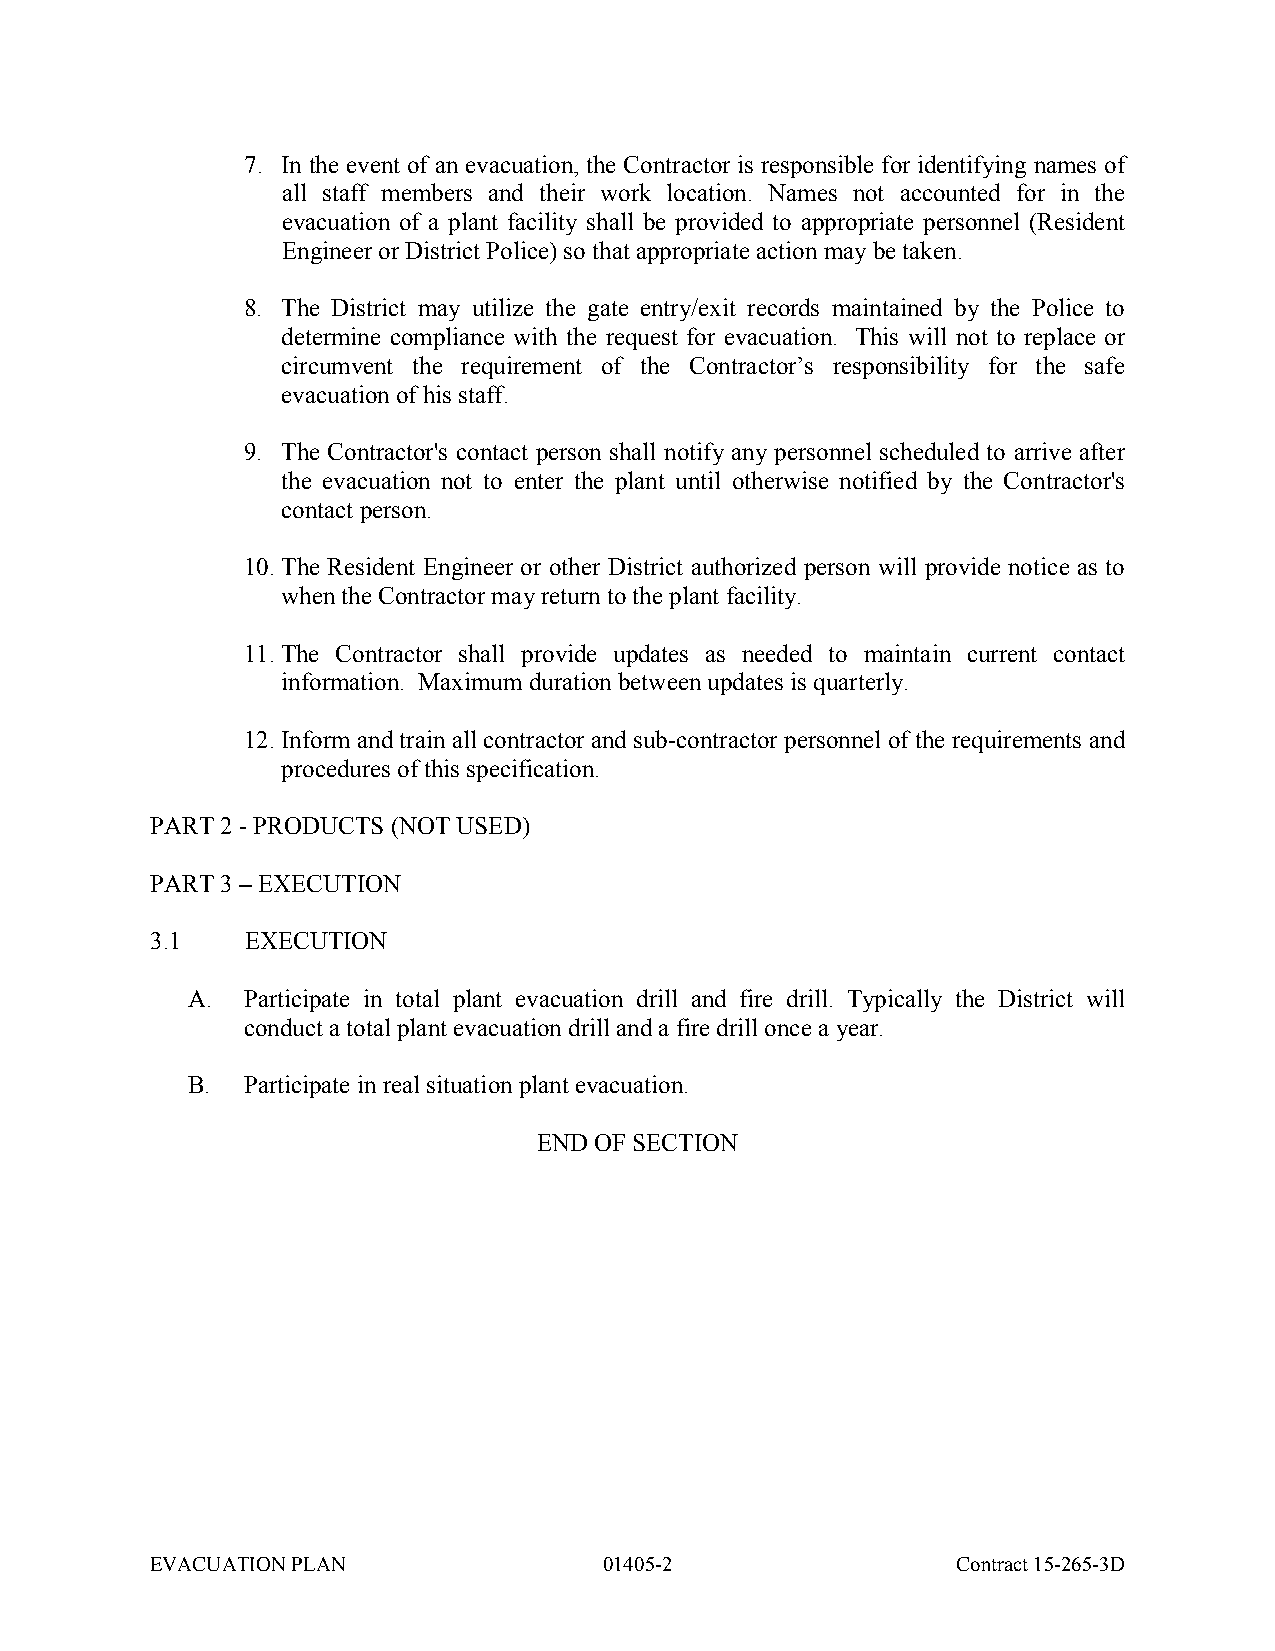
7. In the event of an evacuation, the Contractor is responsible for identifying names of
 all staff members and their work location. Names not accounted for in the
 evacuation of a plant facility shall be provided to appropriate personnel (Resident
 Engineer or District Police) so that appropriate action may be taken.
 8. The District may utilize the gate entry/exit records maintained by the Police to
 determine compliance with the request for evacuation. This will not to replace or
 circumvent the requirement of the Contractor’s responsibility for the safe
 evacuation of his staff.
 9. The Contractor's contact person shall notify any personnel scheduled to arrive after
 the evacuation not to enter the plant until otherwise notified by the Contractor's
 contact person.
 10. The Resident Engineer or other District authorized person will provide notice as to
 when the Contractor may return to the plant facility.
 11. The Contractor shall provide updates as needed to maintain current contact
 information. Maximum duration between updates is quarterly.
 12. Inform and train all contractor and sub-contractor personnel of the requirements and
 procedures of this specification.
 PART 2 - PRODUCTS (NOT USED)
 PART 3 – EXECUTION
 3.1   EXECUTION
 A.  Participate in total plant evacuation drill and fire drill. Typically the District will
 conduct a total plant evacuation drill and a fire drill once a year.
 B.  Participate in real situation plant evacuation.
 END OF SECTION
 EVACUATION PLAN               01405-2                Contract 15-265-3D